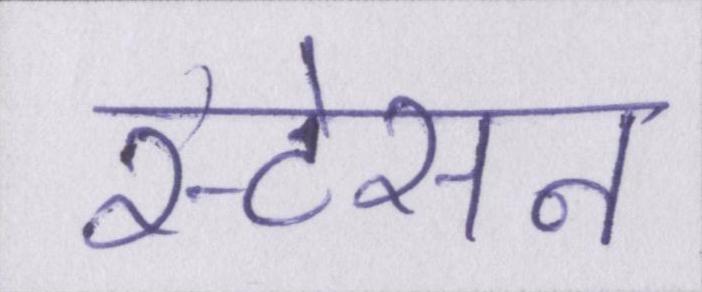
स्टेसन